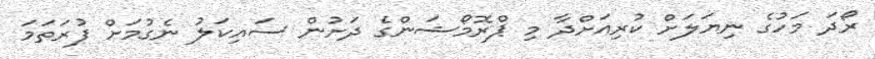
ރޯދަ މަހުގެ ނިޔަލަށް ކުރިއަށްދާ މި ޕްރޮމޯޝަންގެ ދަށުން ސައިކަލު ނެގުމަށް ފުރަތަމަ